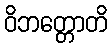
ဝိဘတ္တောတိ